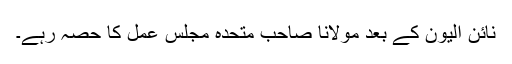
نائن الیون کے بعد مولانا صاحب متحدہ مجلس عمل کا حصہ رہے۔